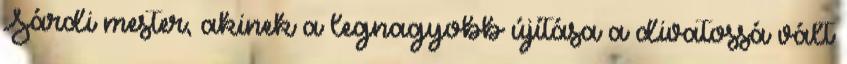
Sárdi mester, akinek a legnagyobb újítása a divatossá vált